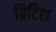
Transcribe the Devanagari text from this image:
ब्रिटिश